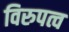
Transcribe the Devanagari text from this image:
विरुपत्व